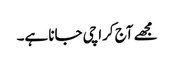
مجھے آج کراچی جانا ہے۔